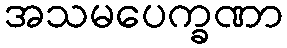
အသမပေက္ခဏာ